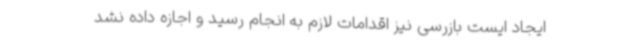
ایجاد ایست بازرسی نیز اقدامات لازم به انجام رسید و اجازه داده نشد